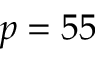
p = 5 5